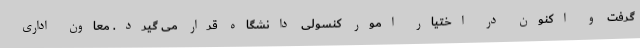
گرفت و اکنون در اختیار امور کنسولی دانشگاه قرار می گیرد. معاون اداری